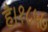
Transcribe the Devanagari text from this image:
है।१८५७